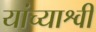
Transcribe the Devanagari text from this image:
यांच्याश्वी